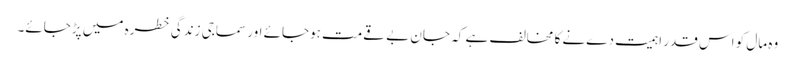
وہ مال کو اس قدر اہمیت دےنے کا مخالف ہے کہ جان بے قےمت ہوجائے اور سماجی زندگی خطرہ میں پڑجائے۔